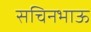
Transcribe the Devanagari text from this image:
सचिनभाऊ